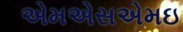
એમએસએમઇ